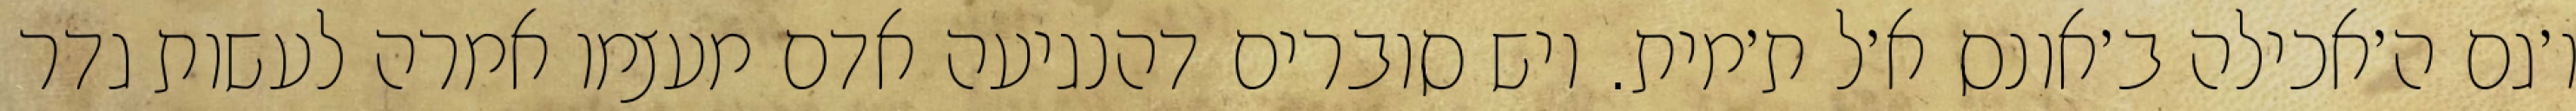
ו׳גם ה׳אכילה ב׳אונס א׳ל ת׳מית. ויש סוברים דהנגיעה אדם מעצמו אמרה לעשות גדר